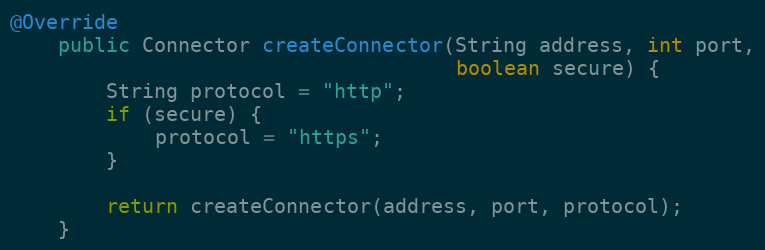
Language: Java
@Override
	public Connector createConnector(String address, int port,
                                     boolean secure) {
        String protocol = "http";
        if (secure) {
            protocol = "https";
        }

        return createConnector(address, port, protocol);
    }